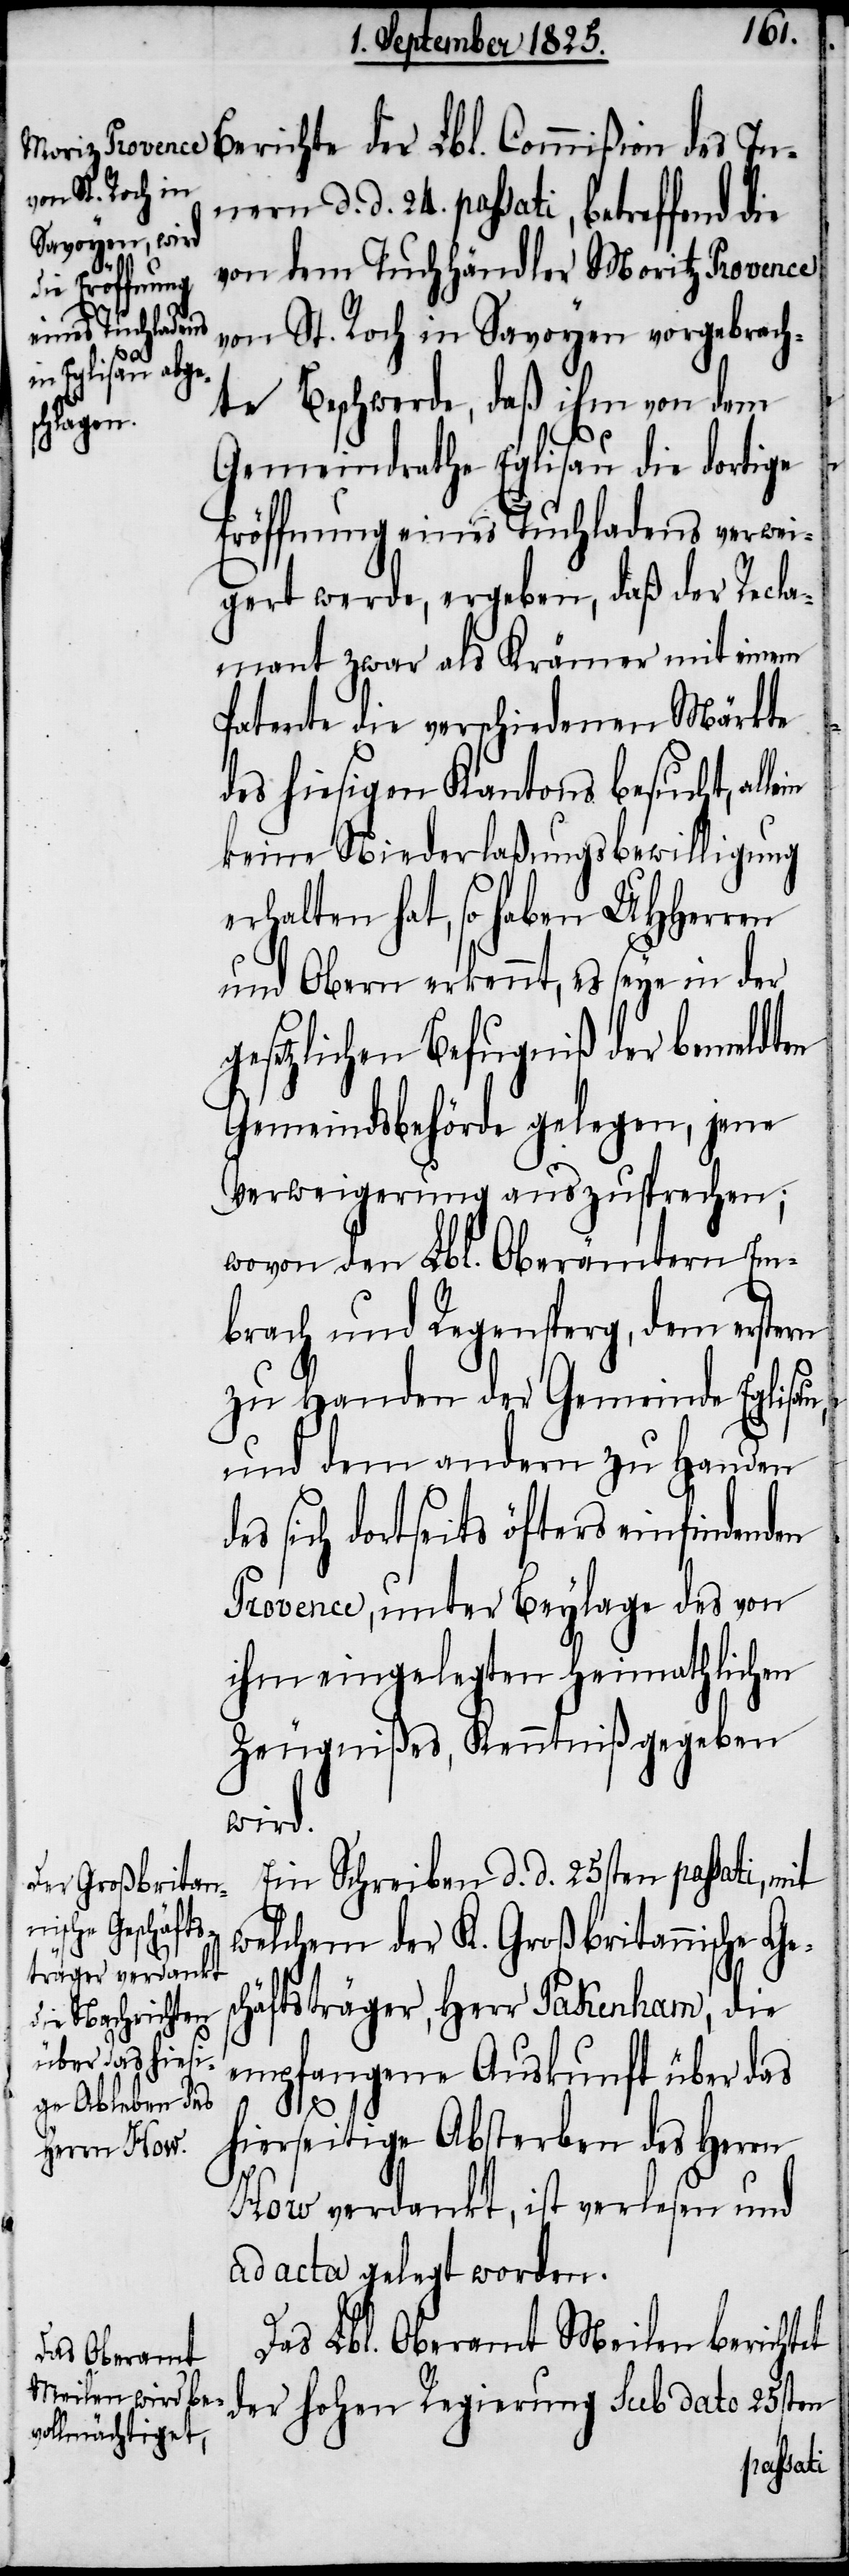
Berichte der Lbl. Commißion des In¬
nern d. d. 24. passati, betreffend die
von dem Tuchhändler Moritz Provence
von St. Roch in Savoyen vorgebrach¬
te Beschwerde, daß ihm von dem
Gemeindrathe Eglisau die dortige
Eröffnung eines Tuchladens verwei¬
gert werde, ergeben, daß der Recla¬
mant zwar als Krämer mit einem
Patente die verschiedenen Märkte
des hiesigen Kantons besucht, allein
keine Niederlaßungsbewilligung
erhalten hat, so haben UHHerren
und Obern erkennt, es seye in der
gesetzlichen Befugniß der bemeldten
Gemeindsbehörde gelegen, jene
Verweigerung auszusprechen;
wovon den Lbl. Oberämtern Em¬
brach und Regensperg, dem erstern
zu Handen der Gemeinde Eglisau,
und dem andern zu Handen
sich dortseits öfters einfindenden
Provence, unter Beylage des von
ihm eingelegten heimathlichen
Zeugnißes, Kenntniß gegeben
wird.
Ein Schreiben d. d. 25sten passati, mit
welchem der K. Großbritannische Ges¬
chäftsträger, Herr Pakenham, die
empfangene Auskunft über das
hierseitige Absterben des Herrn
How verdankt, ist verlesen und
ad acta gelegt worden.
Das Lbl. Oberamt Meilen berichtet
der hohen Regierung sub dato 25sten